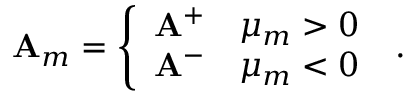
\mathbf { A } _ { m } = \left\{ \begin{array} { l l } { \mathbf { A } ^ { + } } & { \mu _ { m } > 0 } \\ { \mathbf { A } ^ { - } } & { \mu _ { m } < 0 } \end{array} \right. \; .